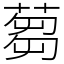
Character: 蒭